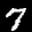
Label: 7